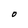
Character: O